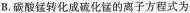
B.碳酸锰转化成硫化锰的离子方程式为